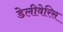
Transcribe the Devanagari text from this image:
डेलीवेरिस